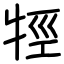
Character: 牼